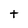
Character: t